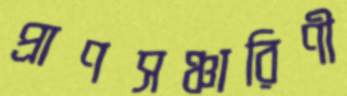
প্রাণসঞ্চারিণী